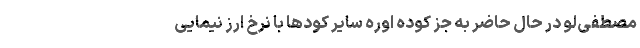
مصطفی‌لو در حال حاضر به جز کوده اوره سایر کودها با نرخ ارز نیمایی